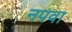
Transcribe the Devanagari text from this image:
नपवा